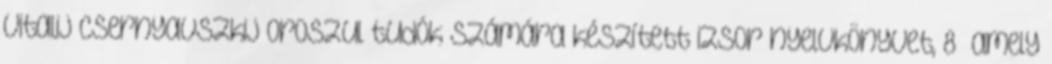
Vitalij Csernyavszkij oroszul tudók számára készített izsor nyelvkönyvet, 8 amely